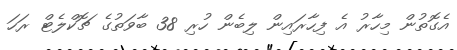
އެގޮތުން މިހާރު އެ ފިހާރައިން ލިބެން ހުރި 38 ބާވަތުގެ ޗޮކްލެޓް ރަހަ